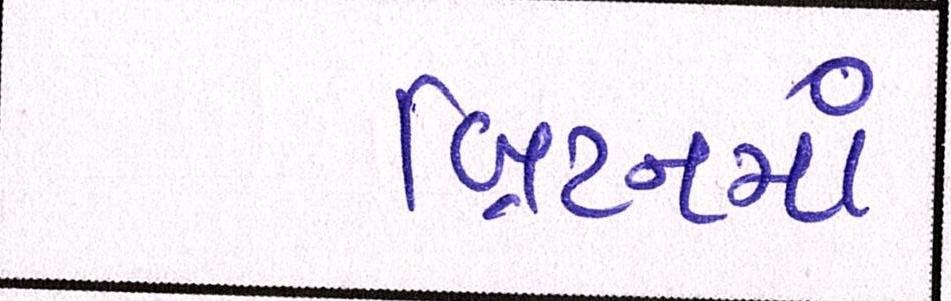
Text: બ્રિટનમાં